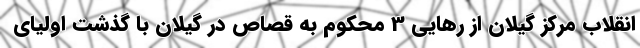
انقلاب مرکز گیلان از رهایی 3 محکوم به قصاص در گیلان با گذشت اولیای